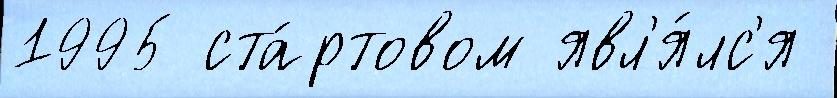
1995 ста́ртовом явл'я́лс'я